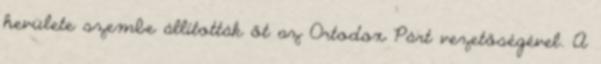
hevülete szembe állították őt az Ortodox Párt vezetőségével. A